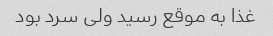
غذا به موقع رسید ولی سرد بود